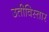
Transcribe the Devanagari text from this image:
उतीविस्तार